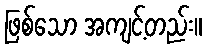
ဖြစ်သော အကျင့်တည်း။